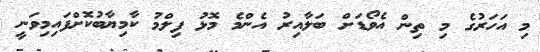
މި އަހަރުގެ މި ތިން އެވޯޑަށް ބަލާއިރު އެންމެ މޮޅު ފިލްމު ކާމިޔާބުކޮށްފައިމިވަނީ